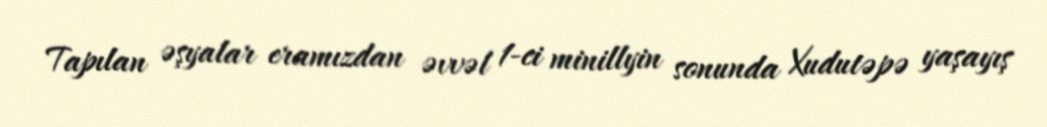
Tapılan əşyalar eramızdan əvvəl 1-ci minillyin sonunda Xudutəpə yaşayış